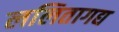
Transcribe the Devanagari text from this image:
ललितागद्य